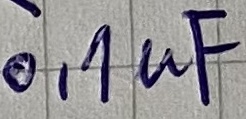
Text: 0,1uF